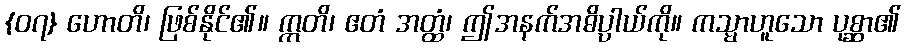
{၀၇} ဟောတိ၊ ဖြစ်နိုင်၏။ ဣတိ၊ ဧတံ အတ္ထံ၊ ဤအနက်အဓိပ္ပါယ်ကို။ ကသ္မာဟူသော ပုစ္ဆာ၏